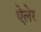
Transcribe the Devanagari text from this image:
ऐलेर